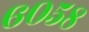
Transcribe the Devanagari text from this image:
६०५८